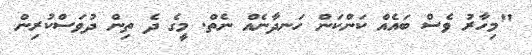
"މިހާރު ވެސް ބައެއް ކަންކަން ހަނދާނެއް ނެތް. މީގެ ދެ ތިން ދުވަސްކުރިން